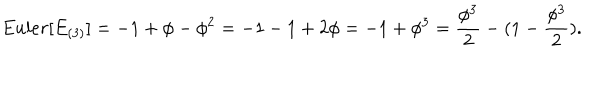
LaTeX: { E u l e r } [ E _ { ( 3 ) } ] = - 1 + \phi - \phi ^ { 2 } = - 1 - 1 + 2 \phi = - 1 + \phi ^ { 3 } = { \frac { \phi ^ { 3 } } { 2 } } - ( 1 - { \frac { \phi ^ { 3 } } { 2 } } ) .